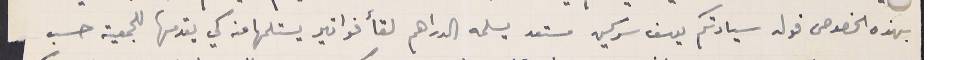
بهذه الخصوص فولد سيادتكم يوسف سركيس مستعد يسلمه الدراهم لقأ فواتير يستلمها منه كي يقدمها للجمعية حسب